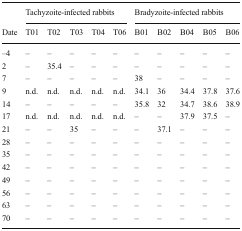
<table><thead><tr><td></td><td colspan="5"><b>Tachyzoite-infected rabbits</b></td><td colspan="5"><b>Bradyzoite-infected rabbits</b></td></tr><tr><td><b>Date</b></td><td><b>T01</b></td><td><b>T02</b></td><td><b>T03</b></td><td><b>T04</b></td><td><b>T06</b></td><td><b>B01</b></td><td><b>B02</b></td><td><b>B04</b></td><td><b>B05</b></td><td><b>B06</b></td></tr></thead><tbody><tr><td>–4</td><td>–</td><td>–</td><td>–</td><td>–</td><td>–</td><td>–</td><td>–</td><td>–</td><td>–</td><td>–</td></tr><tr><td>2</td><td>–</td><td>35.4</td><td>–</td><td>–</td><td>–</td><td>–</td><td>–</td><td>–</td><td>–</td><td>–</td></tr><tr><td>7</td><td>–</td><td>–</td><td>–</td><td>–</td><td>–</td><td>38</td><td>–</td><td>–</td><td>–</td><td>–</td></tr><tr><td>9</td><td>n.d.</td><td>n.d.</td><td>n.d.</td><td>n.d.</td><td>n.d.</td><td>34.1</td><td>36</td><td>34.4</td><td>37.8</td><td>37.6</td></tr><tr><td>14</td><td>–</td><td>–</td><td>–</td><td>–</td><td>–</td><td>35.8</td><td>32</td><td>34.7</td><td>38.6</td><td>38.9</td></tr><tr><td>17</td><td>n.d.</td><td>n.d.</td><td>n.d.</td><td>n.d.</td><td>n.d.</td><td>–</td><td>–</td><td>37.9</td><td>37.5</td><td>–</td></tr><tr><td>21</td><td>–</td><td>–</td><td>35</td><td>–</td><td>–</td><td>–</td><td>37.1</td><td>–</td><td>–</td><td>–</td></tr><tr><td>28</td><td>–</td><td>–</td><td>–</td><td>–</td><td>–</td><td>–</td><td>–</td><td>–</td><td>–</td><td>–</td></tr><tr><td>35</td><td>–</td><td>–</td><td>–</td><td>–</td><td>–</td><td>–</td><td>–</td><td>–</td><td>–</td><td>–</td></tr><tr><td>42</td><td>–</td><td>–</td><td>–</td><td>–</td><td>–</td><td>–</td><td>–</td><td>–</td><td>–</td><td>–</td></tr><tr><td>49</td><td>–</td><td>–</td><td>–</td><td>–</td><td>–</td><td>–</td><td>–</td><td>–</td><td>–</td><td>–</td></tr><tr><td>56</td><td>–</td><td>–</td><td>–</td><td>–</td><td>–</td><td>–</td><td>–</td><td>–</td><td>–</td><td>–</td></tr><tr><td>63</td><td>–</td><td>–</td><td>–</td><td>–</td><td>–</td><td>–</td><td>–</td><td>–</td><td>–</td><td>–</td></tr><tr><td>70</td><td>–</td><td>–</td><td>–</td><td>–</td><td>–</td><td>–</td><td>–</td><td>–</td><td>–</td><td>–</td></tr></tbody></table>